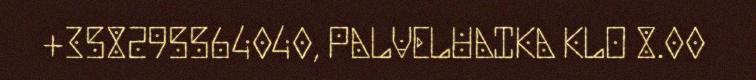
+358295564040, PALVELUAIKA KLO 8.00